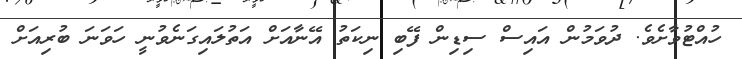
ހުއްޓުވާށެވެ. ދުވަމުން އައިސް ސިޑިން ފޭބި ނިކަތު އޭނާއަށް އަތުލައިގަނެވުނީ ހަވަނަ ބުރިއަށް